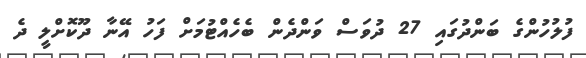
ފުލުހުންގެ ބަންދުގައި 27 ދުވަސް ވަންދެން ބެހެއްޓުމަށް ފަހު އޭނާ ދޫކޮށްލީ ދެ